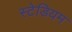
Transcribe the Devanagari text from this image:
स्‍टेडियम